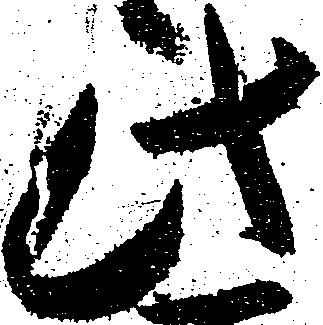
此